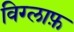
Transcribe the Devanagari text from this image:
विग्लाफ़